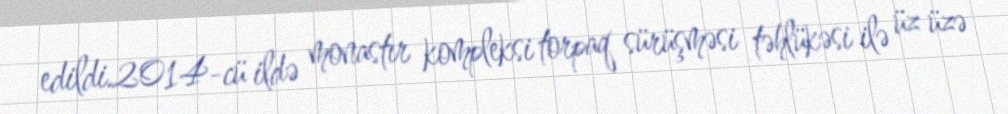
edildi.2014-cü ildə monastır kompleksi torpaq sürüşməsi təhlükəsi ilə üz üzə